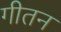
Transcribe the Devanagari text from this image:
गीतन